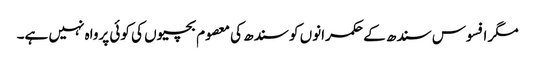
مگر افسوس سندھ کے حکمرانوں کو سندھ کی معصوم بچیوں کی کوئی پرواہ نہیں ہے۔